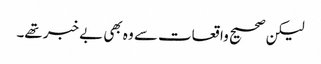
لیکن صحیح واقعات سے وہ بھی بے خبر تھے۔